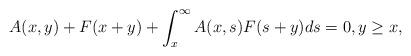
LaTeX: \begin{align*}A(x,y) + F(x + y) + \int_x^{\infty}A(x,s)F(s + y)ds = 0, y \geq x,\end{align*}